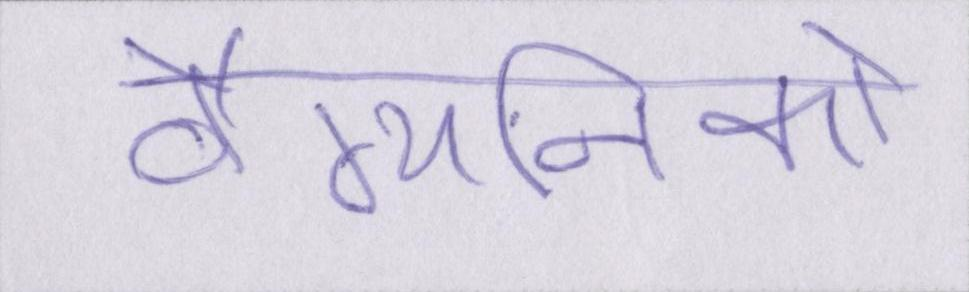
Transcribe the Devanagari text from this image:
वैग्यनिको